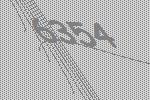
6354